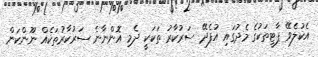
އެކުލެވޭ ޕާޓީތަކުގެ މެދުގައި އުފެދޭ ސަރުކާރު ތަކަކީ ދެމި އޮންނާނެ ސަރުކާރުތަކެއް ނޫންކަން